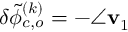
\delta \tilde { \phi } _ { c , o } ^ { ( k ) } = - \angle \mathbf { v } _ { 1 }